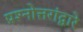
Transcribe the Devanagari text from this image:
प्रश्नोत्तरांद्वारे